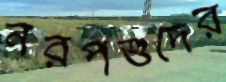
নরপশুদের